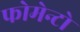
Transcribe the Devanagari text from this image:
फोमेन्टो